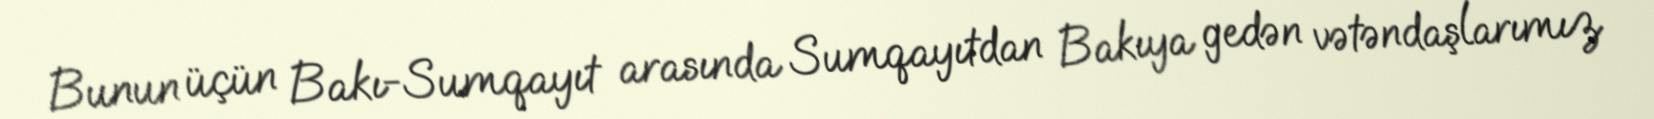
Bunun üçün Bakı-Sumqayıt arasında Sumqayıtdan Bakıya gedən vətəndaşlarımız